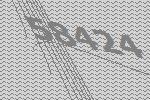
58424